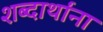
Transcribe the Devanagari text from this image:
शब्दार्थांना